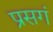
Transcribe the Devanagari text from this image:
प्रसगं